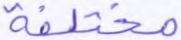
مختلفة